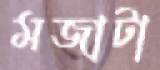
মজাটা